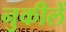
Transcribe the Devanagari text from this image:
नुकीलें